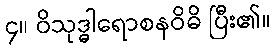
၄။ ဝိသုဒ္ဓါရောစနဝိဓိ ပြီး၏။